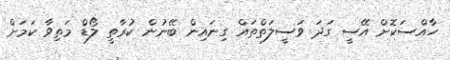
ހާއްސަކޮށް އޭސީ ގަދަ ވަސީލަތްތައް ގިނައިން ބޭނުން ކުރާތީ ލޯޑް މަތިވާ ކަމަށް